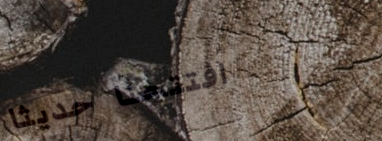
افتتحنا حديثاً